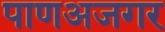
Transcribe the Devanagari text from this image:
पाणअजगर